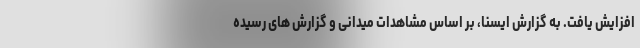
افزایش یافت. به گزارش ایسنا، بر اساس مشاهدات میدانی و گزارش های رسیده